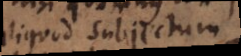
aliquod subjectum